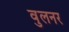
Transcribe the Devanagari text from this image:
वुलनर